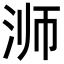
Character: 浉